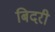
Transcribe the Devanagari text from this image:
बिदरी